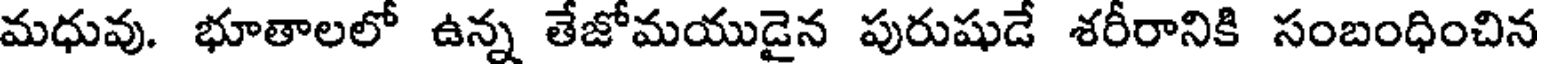
మధువు. భూతాలలో ఉన్న తేజోమయుడైన పురుషుడే శరీరానికి సంబంధించిన